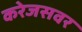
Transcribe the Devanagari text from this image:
करेजसवर